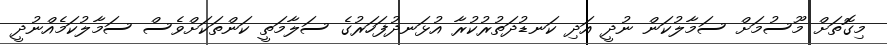
މިގޮތަށް މޫސުމަށް ސަމާލުކަން ނުދީ އަދި ކަނޑުދަތުރުކުރާ އުޅަނދުފަހަރުގެ ސަލާމަތީ ކަންތަކަށްވެސް ސަމާލުކަމެއްނުދީ